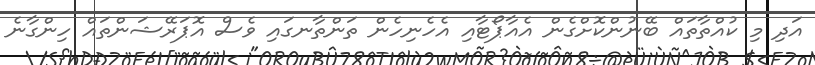
އަދި މި ކުއްތާތައް ބޭނުންކޮށްގެން އެއާޕޯޓާއި އެހެނިހެން ތަންތާނގައި ވެސް އޮޕަރޭޝަންތައް ހިންގާނެ